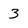
Character: 3